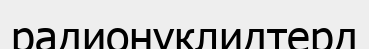
радионуклидтерд